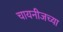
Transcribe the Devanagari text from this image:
चायनीजच्या